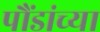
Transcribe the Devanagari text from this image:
पौंडांच्या